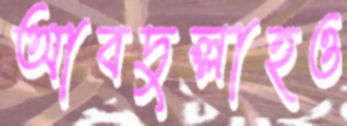
আবদুল্লাহও